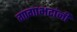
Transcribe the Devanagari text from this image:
गागाभटांनी